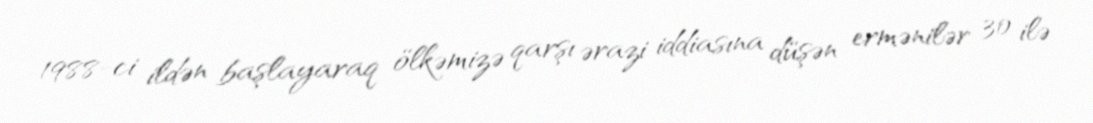
1988-ci ildən başlayaraq ölkəmizə qarşı ərazi iddiasına düşən ermənilər 30 ilə